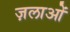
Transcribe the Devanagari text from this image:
ज़लाओं